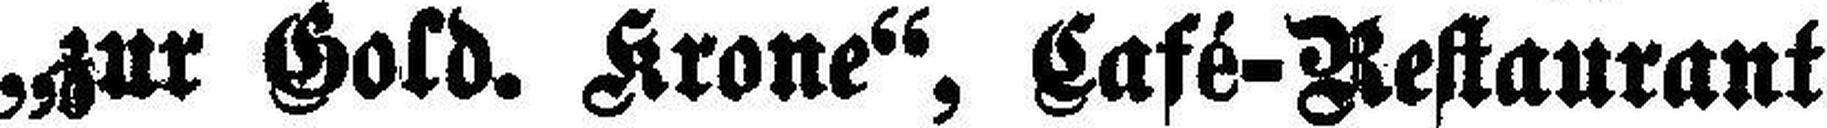
„zur Gold. Krone“, Café-Restaurant